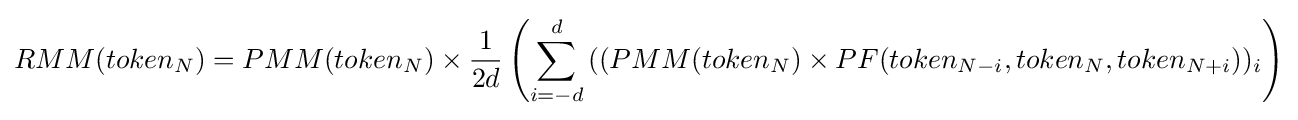
{RMM(token_{N})}={PMM(token_{N})}\times {\frac {1}{2d}}\left(\sum _{i=-d}^{d}{((PMM(token_{N})}\times {PF(token_{N-i},token_{N},token_{N+i}))_{i}}\right)